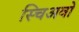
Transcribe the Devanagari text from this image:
स्चिअवो